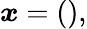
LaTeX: \begin{array}{r}{\boldsymbol{x}=\left(\begin{array}{rl}\end{array}\right),}\end{array}